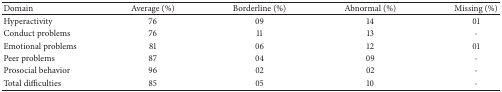
| Domain | Average (%) | Borderline (%) | Abnormal (%) | Missing (%) |
 | --- | --- | --- | --- | --- |
 | Hyperactivity | 76 | 09 | 14 | 01 |
 | Conduct problems | 76 | 11 | 13 | - |
 | Emotional problems | 81 | 06 | 12 | 01 |
 | Peer problems | 87 | 04 | 09 | - |
 | Prosocial behavior | 96 | 02 | 02 | - |
 | Total difficulties | 85 | 05 | 10 | - |